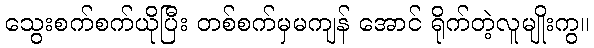
သွေးစက်စက်ယိုပြီး တစ်စက်မှမကျန် အောင် ရိုက်တဲ့လူမျိုးကွ။